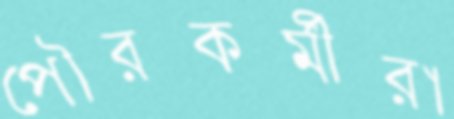
পৌরকর্মীরা